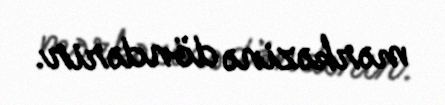
mərkəzinə döndərir.